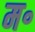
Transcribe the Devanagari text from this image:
म॰